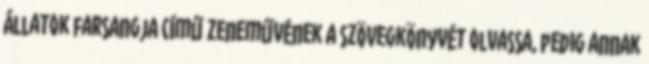
Állatok farsangja című zeneművének a szövegkönyvét olvassa, pedig annak